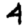
Digit: 4